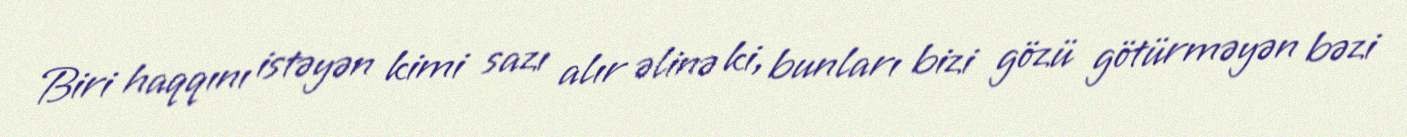
Biri haqqını istəyən kimi sazı alır əlinə ki, bunları bizi gözü götürməyən bəzi